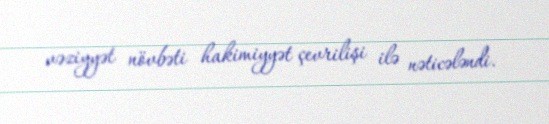
vəziyyət növbəti hakimiyyət çevrilişi ilə nəticələndi.